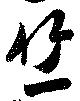
竺